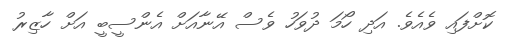
ކޮށްފައި ވެއެވެ. އަދި ހޯމަ ދުވަހު ވެސް އޭނާއަށް އެންސީބީ އަށް ހާޒިރު